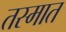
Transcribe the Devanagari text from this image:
तस्मात